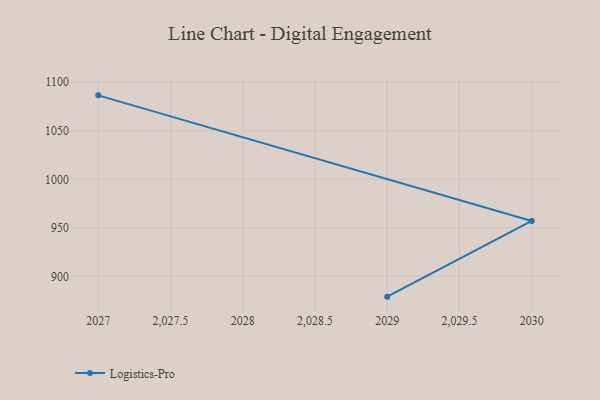
{"axis": {"x": "Year", "y": "Production Output"}, "legend": ["Logistics-Pro"], "data": [{"x": "2027", "y": 1086.5, "type": "Logistics-Pro"}, {"x": "2030", "y": 957.1, "type": "Logistics-Pro"}, {"x": "2029", "y": 879.1, "type": "Logistics-Pro"}]}